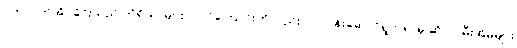
ပက်လက်အိပ်ခိုင်းသည် ကိရိယာများ ပါဝင်ကြောင်းကိုလည်း လုပ်ငန်းဆောင်ရွက်ရာမှ ဆိုလာမီးအိမ်များ